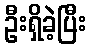
ဦးရှိခဲ့ပြီး